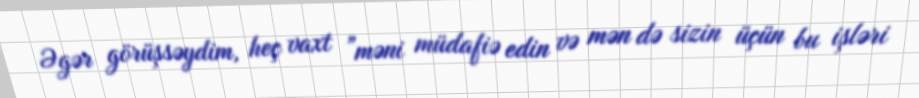
Əgər görüşsəydim, heç vaxt ”məni müdafiə edin və mən də sizin üçün bu işləri